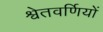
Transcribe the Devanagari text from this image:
श्वेतवर्णियों